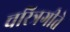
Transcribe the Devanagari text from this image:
चरित्रगीते